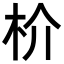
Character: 𬂣